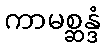
ကာမစ္ဆန္ဒံ